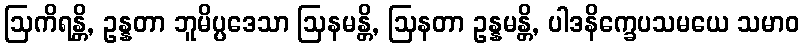
ဩကိရန္တိ, ဥန္နတာ ဘူမိပ္ပဒေသာ ဩနမန္တိ, ဩနတာ ဥန္နမန္တိ, ပါဒနိက္ခေပသမယေ သမာဝ